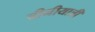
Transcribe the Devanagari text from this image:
चीनीयात्री